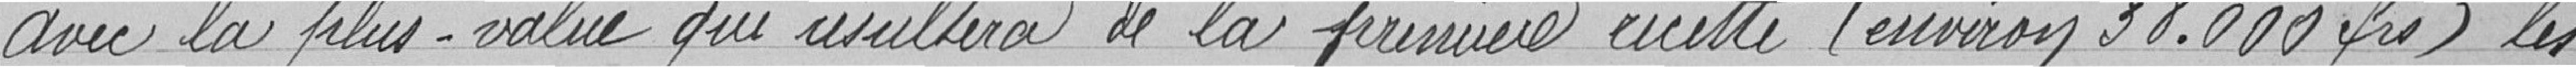
Avec la plus-value qui résultera de la première recette (environ 38.00 francs), les